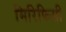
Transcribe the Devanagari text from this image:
मिरिफिसी